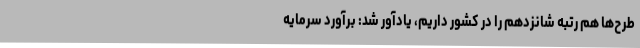
طرح‌ها هم رتبه شانزدهم را در کشور داریم، یادآور شد: برآورد سرمایه